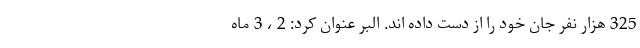
325 هزار نفر جان خود را از دست داده اند. البر عنوان کرد: 2 ، 3 ماه